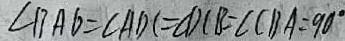
\angle B A D = \angle A D C = \angle D C B = \angle C B A = 9 0 ^ { \circ }